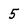
Character: 5